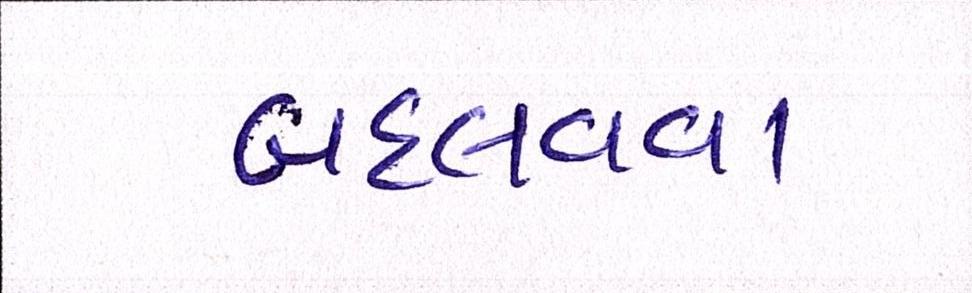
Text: બદલવવા